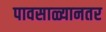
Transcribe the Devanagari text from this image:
पावसाळ्यानतर